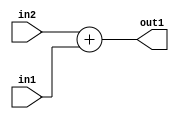
`timescale 1ps / 1ps
/*****************************************************************************
    Verilog RTL Description
    
    
    Created by: Stratus DpOpt 21.05.01 
*******************************************************************************/

module dut_Add_5Ux1U_6U_4 (
	in2,
	in1,
	out1
	); /* architecture "behavioural" */ 
input [4:0] in2;
input  in1;
output [5:0] out1;
wire [5:0] asc001;

assign asc001 = 
	+(in2)
	+(in1);

assign out1 = asc001;
endmodule

/* CADENCE  urjzTw8= : u9/ySxbfrwZIxEzHVQQV8Q== ** DO NOT EDIT THIS LINE ******/